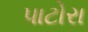
પાટોરા